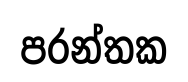
පරන්තක